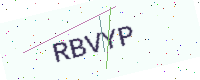
Text: RBVYP